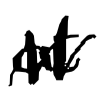
Text: at
Cross-out: zig-zag
Writing tool: digital_black